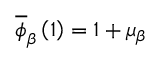
\overline { { \phi } } _ { \beta } \left( 1 \right) = 1 + \mu _ { \beta }